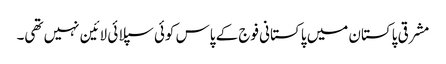
مشرقی پاکستان میں پاکستانی فوج کے پاس کوئی سپلائی لائین نہیں تھی۔